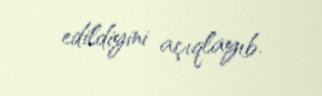
edildiyini açıqlayıb.